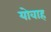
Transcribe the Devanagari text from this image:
योवाह